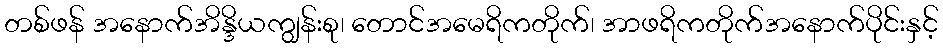
တစ်ဖန် အနောက်အိန္ဒိယကျွန်းစု၊ တောင်အမေရိကတိုက်၊ အာဖရိကတိုက်အနောက်ပိုင်းနှင့်